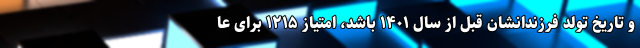
و تاریخ تولد فرزندانشان قبل از سال ۱۴۰۱ باشد، امتیاز ۱۲۱۵ برای عا